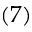
( 7 )